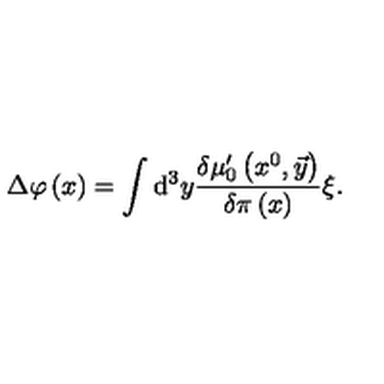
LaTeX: \Delta \varphi \left( x \right) = \int \mathrm { d } ^ { 3 } y \frac { \delta \mu _ { 0 } ^ { \prime } \left( x ^ { 0 } , \vec { y } \right) } { \delta \pi \left( x \right) } \xi .